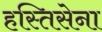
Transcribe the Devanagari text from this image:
हस्तिसेना